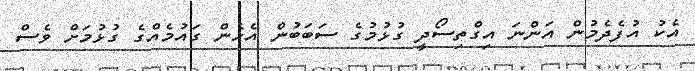
އެކު އުފެދެމުން އަންނަ އިގްތިސޯދީ ގުޅުމުގެ ސަބަބުން އެހެން ގައުމެއްގެ ގުޅުމަށް ވެސް